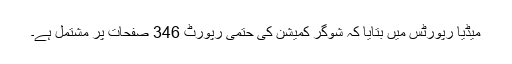
میڈیا رپورٹس میں بتایا کہ شوگر کمیشن کی حتمی رپورٹ 346 صفحات پر مشتمل ہے۔